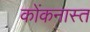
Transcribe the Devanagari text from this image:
कोंकनास्त